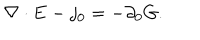
LaTeX: \nabla \cdot { \bf E } - j _ { 0 } = - \partial _ { 0 } G .